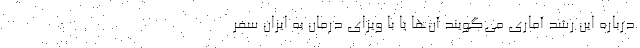
درباره این رشد آماری می‌گویند آن‌ها یا با ویزای درمان به ایران سفر